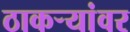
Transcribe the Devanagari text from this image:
ठाकर्‍यांवर